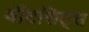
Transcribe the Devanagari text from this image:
वॉटसिट्स